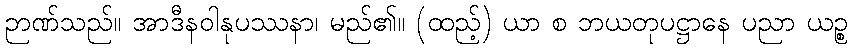
ဉာဏ်သည်။ အာဒီနဝါနုပဿနာ၊ မည်၏။ (ထည့်) ယာ စ ဘယတုပဋ္ဌာနေ ပညာ ယဉ္စ